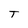
Character: t